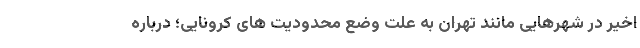
اخیر در شهرهایی مانند تهران به علت وضع محدودیت های کرونایی؛ درباره